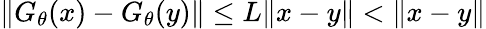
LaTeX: \| G_{\theta}(x)-G_{\theta}(y)\| \leq L\| x-y\| <\| x-y\|